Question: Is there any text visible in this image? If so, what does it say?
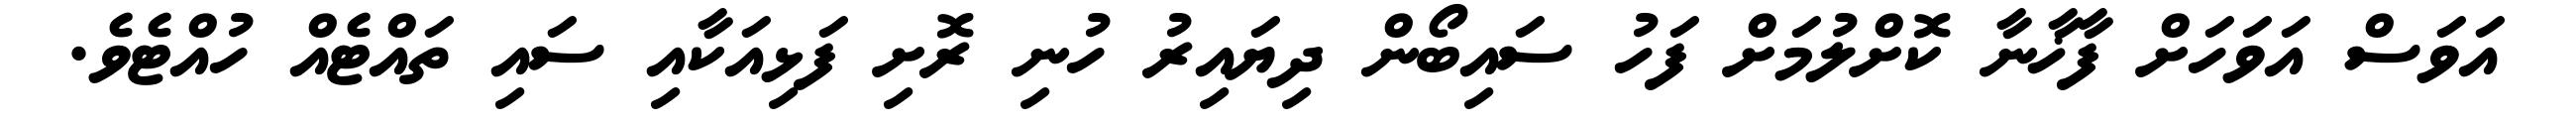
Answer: އަވަސް އަވަހަށް ފާޚާނާ ކޮށްލުމަށް ފަހު ސައިބޯން ދިޔައިރު ހުނި ރޮށި ފަޅިއަކާއި ސައި ތައްޓެއް ހުއްޓެވެ.